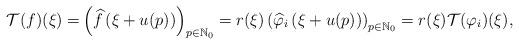
LaTeX: \begin{align*}\mathcal{T}(f)(\xi)=&\left(\widehat{f}\left(\xi+u(p)\right)\right)_{p \in \mathbb N_0}=r(\xi)\left(\widehat{\varphi}_i\left(\xi+u(p)\right)\right)_{p \in \mathbb N_0}=r(\xi)\mathcal{T}(\varphi_i)(\xi),\end{align*}